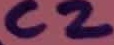
Text: C2